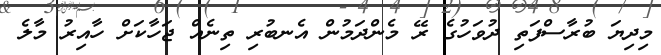
މިދިޔަ ބުރާސްފަތި ދުވަހުގެ ރޭ މެންދަމުން އެނބުރި ތިނެއް ޖަހާކަށް ހާއިރު މާލެ